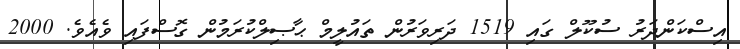
އިސްކަންދަރު ސުކޫލް ގައި 1519 ދަރިވަރުން ތައުލީމް ޙާޞިލްކުރަމުން ގޮސްފައި ވެއެވެ. 2000